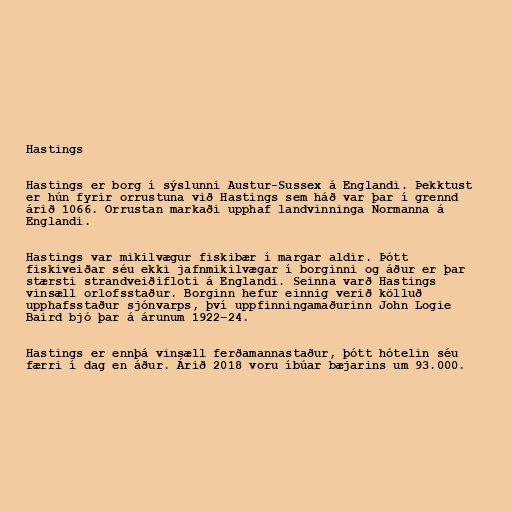
Hastings

Hastings er borg í sýslunni Austur-Sussex á Englandi. Þekktust
er hún fyrir orrustuna við Hastings sem háð var þar í grennd
árið 1066. Orrustan markaði upphaf landvinninga Normanna á
Englandi.

Hastings var mikilvægur fiskibær í margar aldir. Þótt
fiskiveiðar séu ekki jafnmikilvægar í borginni og áður er þar
stærsti strandveiðifloti á Englandi. Seinna varð Hastings
vinsæll orlofsstaður. Borginn hefur einnig verið kölluð
upphafsstaður sjónvarps, því uppfinningamaðurinn John Logie
Baird bjó þar á árunum 1922–24.

Hastings er ennþá vinsæll ferðamannastaður, þótt hótelin séu
færri í dag en áður. Árið 2018 voru íbúar bæjarins um 93.000.